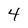
Character: 4